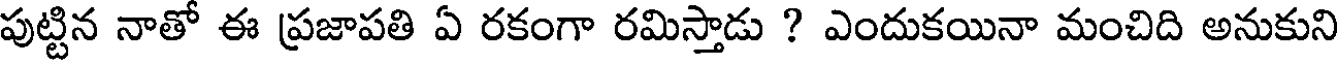
పుట్టిన నాతో ఈ ప్రజాపతి ఏ రకంగా రమిస్తాడు ? ఎందుకయినా మంచిది అనుకుని